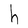
Character: h